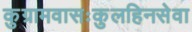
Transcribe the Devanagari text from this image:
कुग्रामवासःकुलहिनसेवा